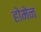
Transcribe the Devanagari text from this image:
होमेन